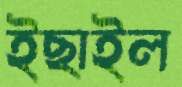
ইছাইল